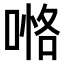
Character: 𠸧